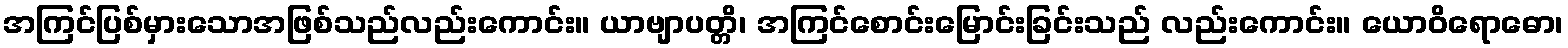
အကြင်ပြစ်မှားသောအဖြစ်သည်လည်းကောင်း။ ယာဗျာပတ္တိ၊ အကြင်စောင်းမြောင်းခြင်းသည် လည်းကောင်း။ ယောဝိရောဓော၊